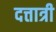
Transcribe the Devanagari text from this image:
दत्तात्री